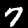
Label: 7